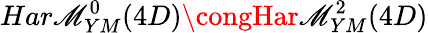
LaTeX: Har\mathscr{M}_{YM}^{0}(4D)\congHar\mathscr{M}_{YM}^{2}(4D)